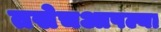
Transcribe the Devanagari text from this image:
तसेचआपल्या